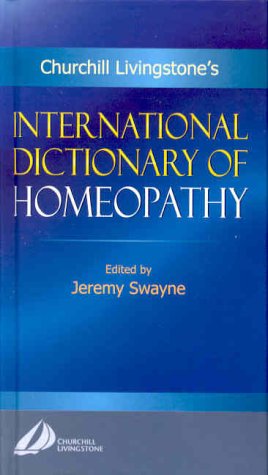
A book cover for International Dictionary of Homeopathy, 1e; Jeremy Swayne BA  BM  Bch  MRCGP  FFHom; Medical Books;